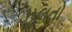
ઝૂલતો